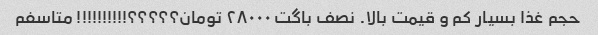
حجم غذا بسیار کم و قیمت بالا. نصف باگت ۲۸۰۰۰ تومان؟؟؟؟؟!!!!!!!!!! متاسفم